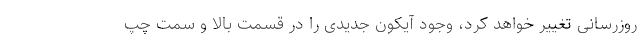
روزرسانی تغییر خواهد کرد، وجود آیکون جدیدی را در قسمت بالا و سمت چپ